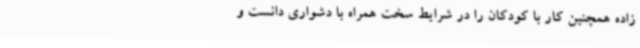
زاده همچنین کار با کودکان را در شرایط سخت همراه با دشواری دانست و